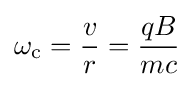
\omega _{\rm {c}}={\frac {v}{r}}={\frac {qB}{mc}}